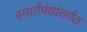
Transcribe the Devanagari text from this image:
स्मार्तपंथांतर्गत